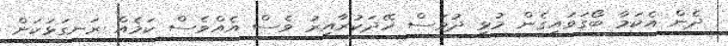
ދެން އެކަމާ ބޯގަވައިގެން މުޅި ދުވަސް ހޭދަކުރާއިރު ވެސް އެއްވެސް ކަމެއް ރަނގަޅަކަށް